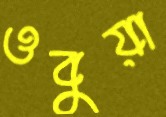
ওবুয়া